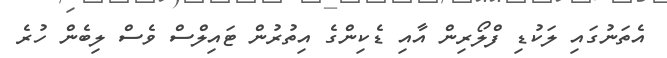
އެތަނުގައި ލަކުޑި ފްލޯރިން އާއި ޑެކިންގެ އިތުރުން ޓައިލްސް ވެސް ލިބެން ހުރެ